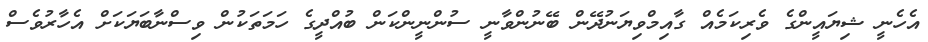
އެހެނީ ޝިޔައީންގެ ވެރިކަމެއް ގާއިމްވިޔަނުދޭން ބޭނުންވާނީ ސުންނީންކަން ބުއްދީގެ ހަމަތަކުން ވިސްނާބަޔަކަށް އެހާރުވެސް